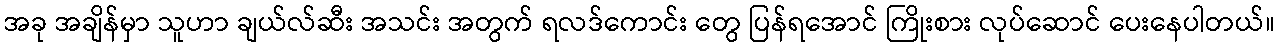
အခု အချိန်မှာ သူဟာ ချယ်လ်ဆီး အသင်း အတွက် ရလဒ်ကောင်း တွေ ပြန်ရအောင် ကြိုးစား လုပ်ဆောင် ပေးနေပါတယ်။